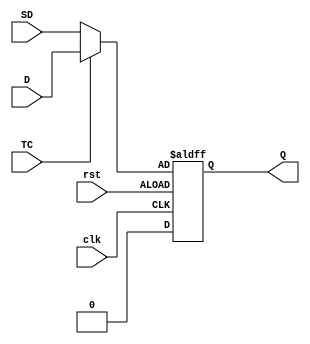
`timescale 1ns / 1ps

module scanRegister(
input rst,
input clk,
input TC,
input SD,
input D,
output reg Q 
);


wire temp;

assign temp = TC  ?  D : SD  ;

always @ (posedge clk, negedge rst)
   begin
   
   if(rst)
     Q<=0;
   
   else 
     Q<=temp;

end



endmodule